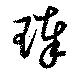
琫